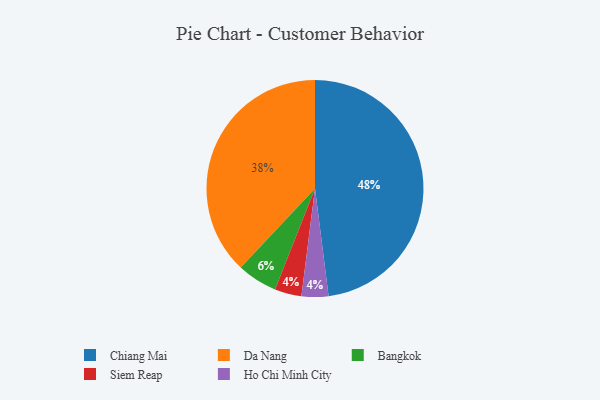
{"axis": {"x": "Category", "y": "Percentage"}, "legend": ["Bangkok", "Chiang Mai", "Da Nang", "Ho Chi Minh City", "Siem Reap"], "data": [{"x": "Da Nang", "y": 38, "type": "Da Nang"}, {"x": "Bangkok", "y": 6, "type": "Bangkok"}, {"x": "Siem Reap", "y": 4, "type": "Siem Reap"}, {"x": "Ho Chi Minh City", "y": 4, "type": "Ho Chi Minh City"}, {"x": "Chiang Mai", "y": 48, "type": "Chiang Mai"}]}